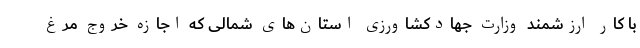
با کار ارزشمند وزارت جهادکشاورزی استان‌های شمالی که اجازه خروج مرغ